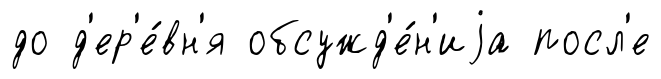
до д'ер'е́вн'я обсужд'е́н'иjа посл'е